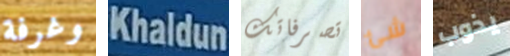
وغرفة Khaldun تصرفاتك شئ يذوب